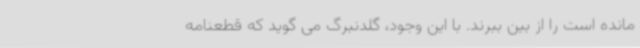
مانده است را از بین ببرند. با این وجود، گلدنبرگ می گوید که قطعنامه